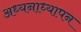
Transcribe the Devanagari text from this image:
अध्यनाध्यापन